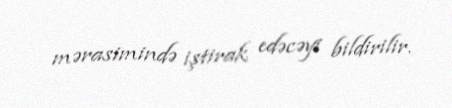
mərasimində iştirak edəcəyi bildirilir.